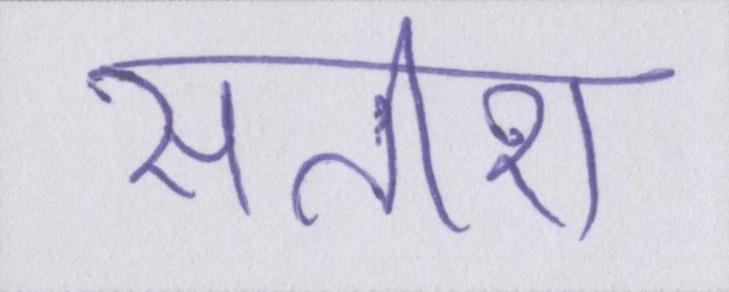
सतीश